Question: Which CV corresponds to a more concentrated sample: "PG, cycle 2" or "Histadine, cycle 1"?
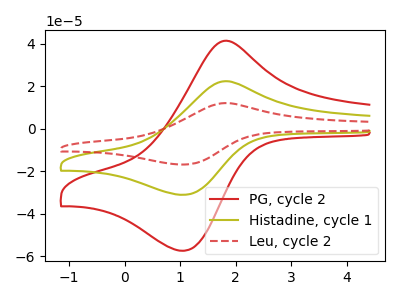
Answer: <think>The red curve "PG, cycle 2" has an anodic peak at (1.75V, 41.25uA) and a cathodic peak at (1.05V, -57.45uA). The olive curve "Histadine, cycle 1" has an anodic peak at (1.75V, 22.30uA) and a cathodic peak at (1.05V, -31.10uA). The red dashed curve "Leu, cycle 2" has an anodic peak at (1.75V, 44.65uA) and a cathodic peak at (1.05V, -62.15uA).
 All the peaks in "PG, cycle 2" have a peak in "Histadine, cycle 1" at the same potential. Every peak in "PG, cycle 2" is higher than every peak in "Histadine, cycle 1".</think>
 <answer>"PG, cycle 2" has more signal than "Histadine, cycle 1" and so likely has a higher concentration.</answer>
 <eval>more_concentration</eval>